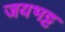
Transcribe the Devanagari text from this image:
जयभट्ट